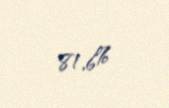
81,6%